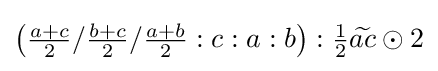
\left({\tfrac {a+c}{2}}/{\tfrac {b+c}{2}}/{\tfrac {a+b}{2}}:c:a:b\right):{\tfrac {1}{2}}{\widetilde {ac}}\odot 2